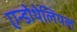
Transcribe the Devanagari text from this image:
एन्डोथेलियल